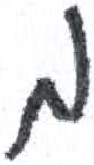
אות: מ